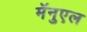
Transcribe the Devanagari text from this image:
मॅनुएल